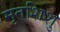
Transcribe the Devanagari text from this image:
मृतशिशु